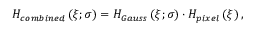
H _ { c o m b i n e d } \left( \xi ; \sigma \right) = H _ { G a u s s } \left( \xi ; \sigma \right) \cdot H _ { p i x e l } \left( \xi \right) ,